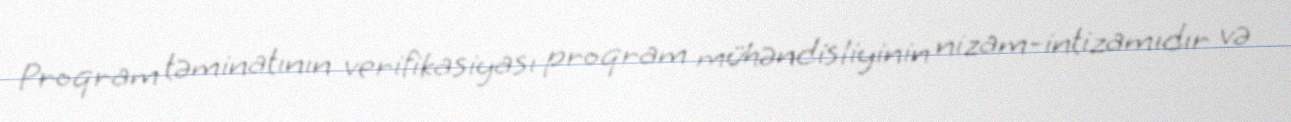
Proqram təminatının verifikasiyası proqram mühəndisliyinin nizam-intizamıdır və